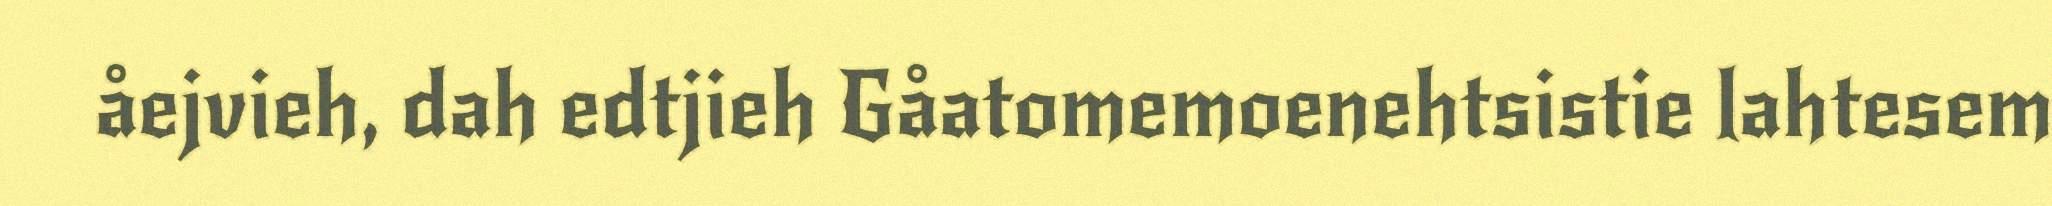
åejvieh, dah edtjieh Gåatomemoenehtsistie lahtesem